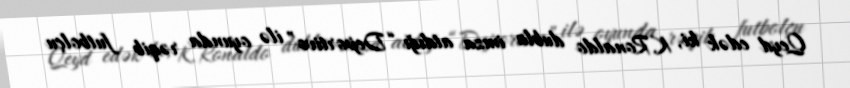
Qeyd edək ki, K.Ronaldo dubla imza atdığı “Deportivo” ilə oyunda rəqib futbolçu